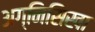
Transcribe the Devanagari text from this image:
अग्निसिखा